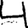
Digit: 4